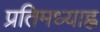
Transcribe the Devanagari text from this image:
प्रतिमध्याह्न